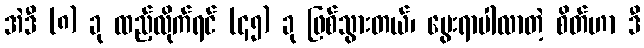
အဲဒီ (၈) ခု ထည့်လိုက်ရင် (၄၅) ခု ဖြစ်သွားတယ်၊ မွေးရာပါလာတဲ့ စိတ်ဟာ ဒီ